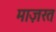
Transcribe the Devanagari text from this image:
माज़रत